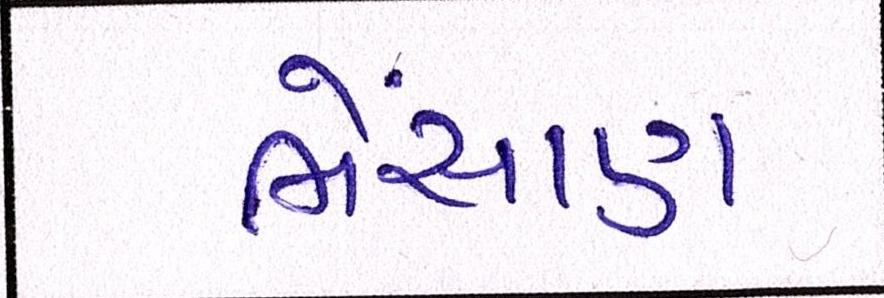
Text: ભેંસાણ